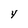
Character: Y